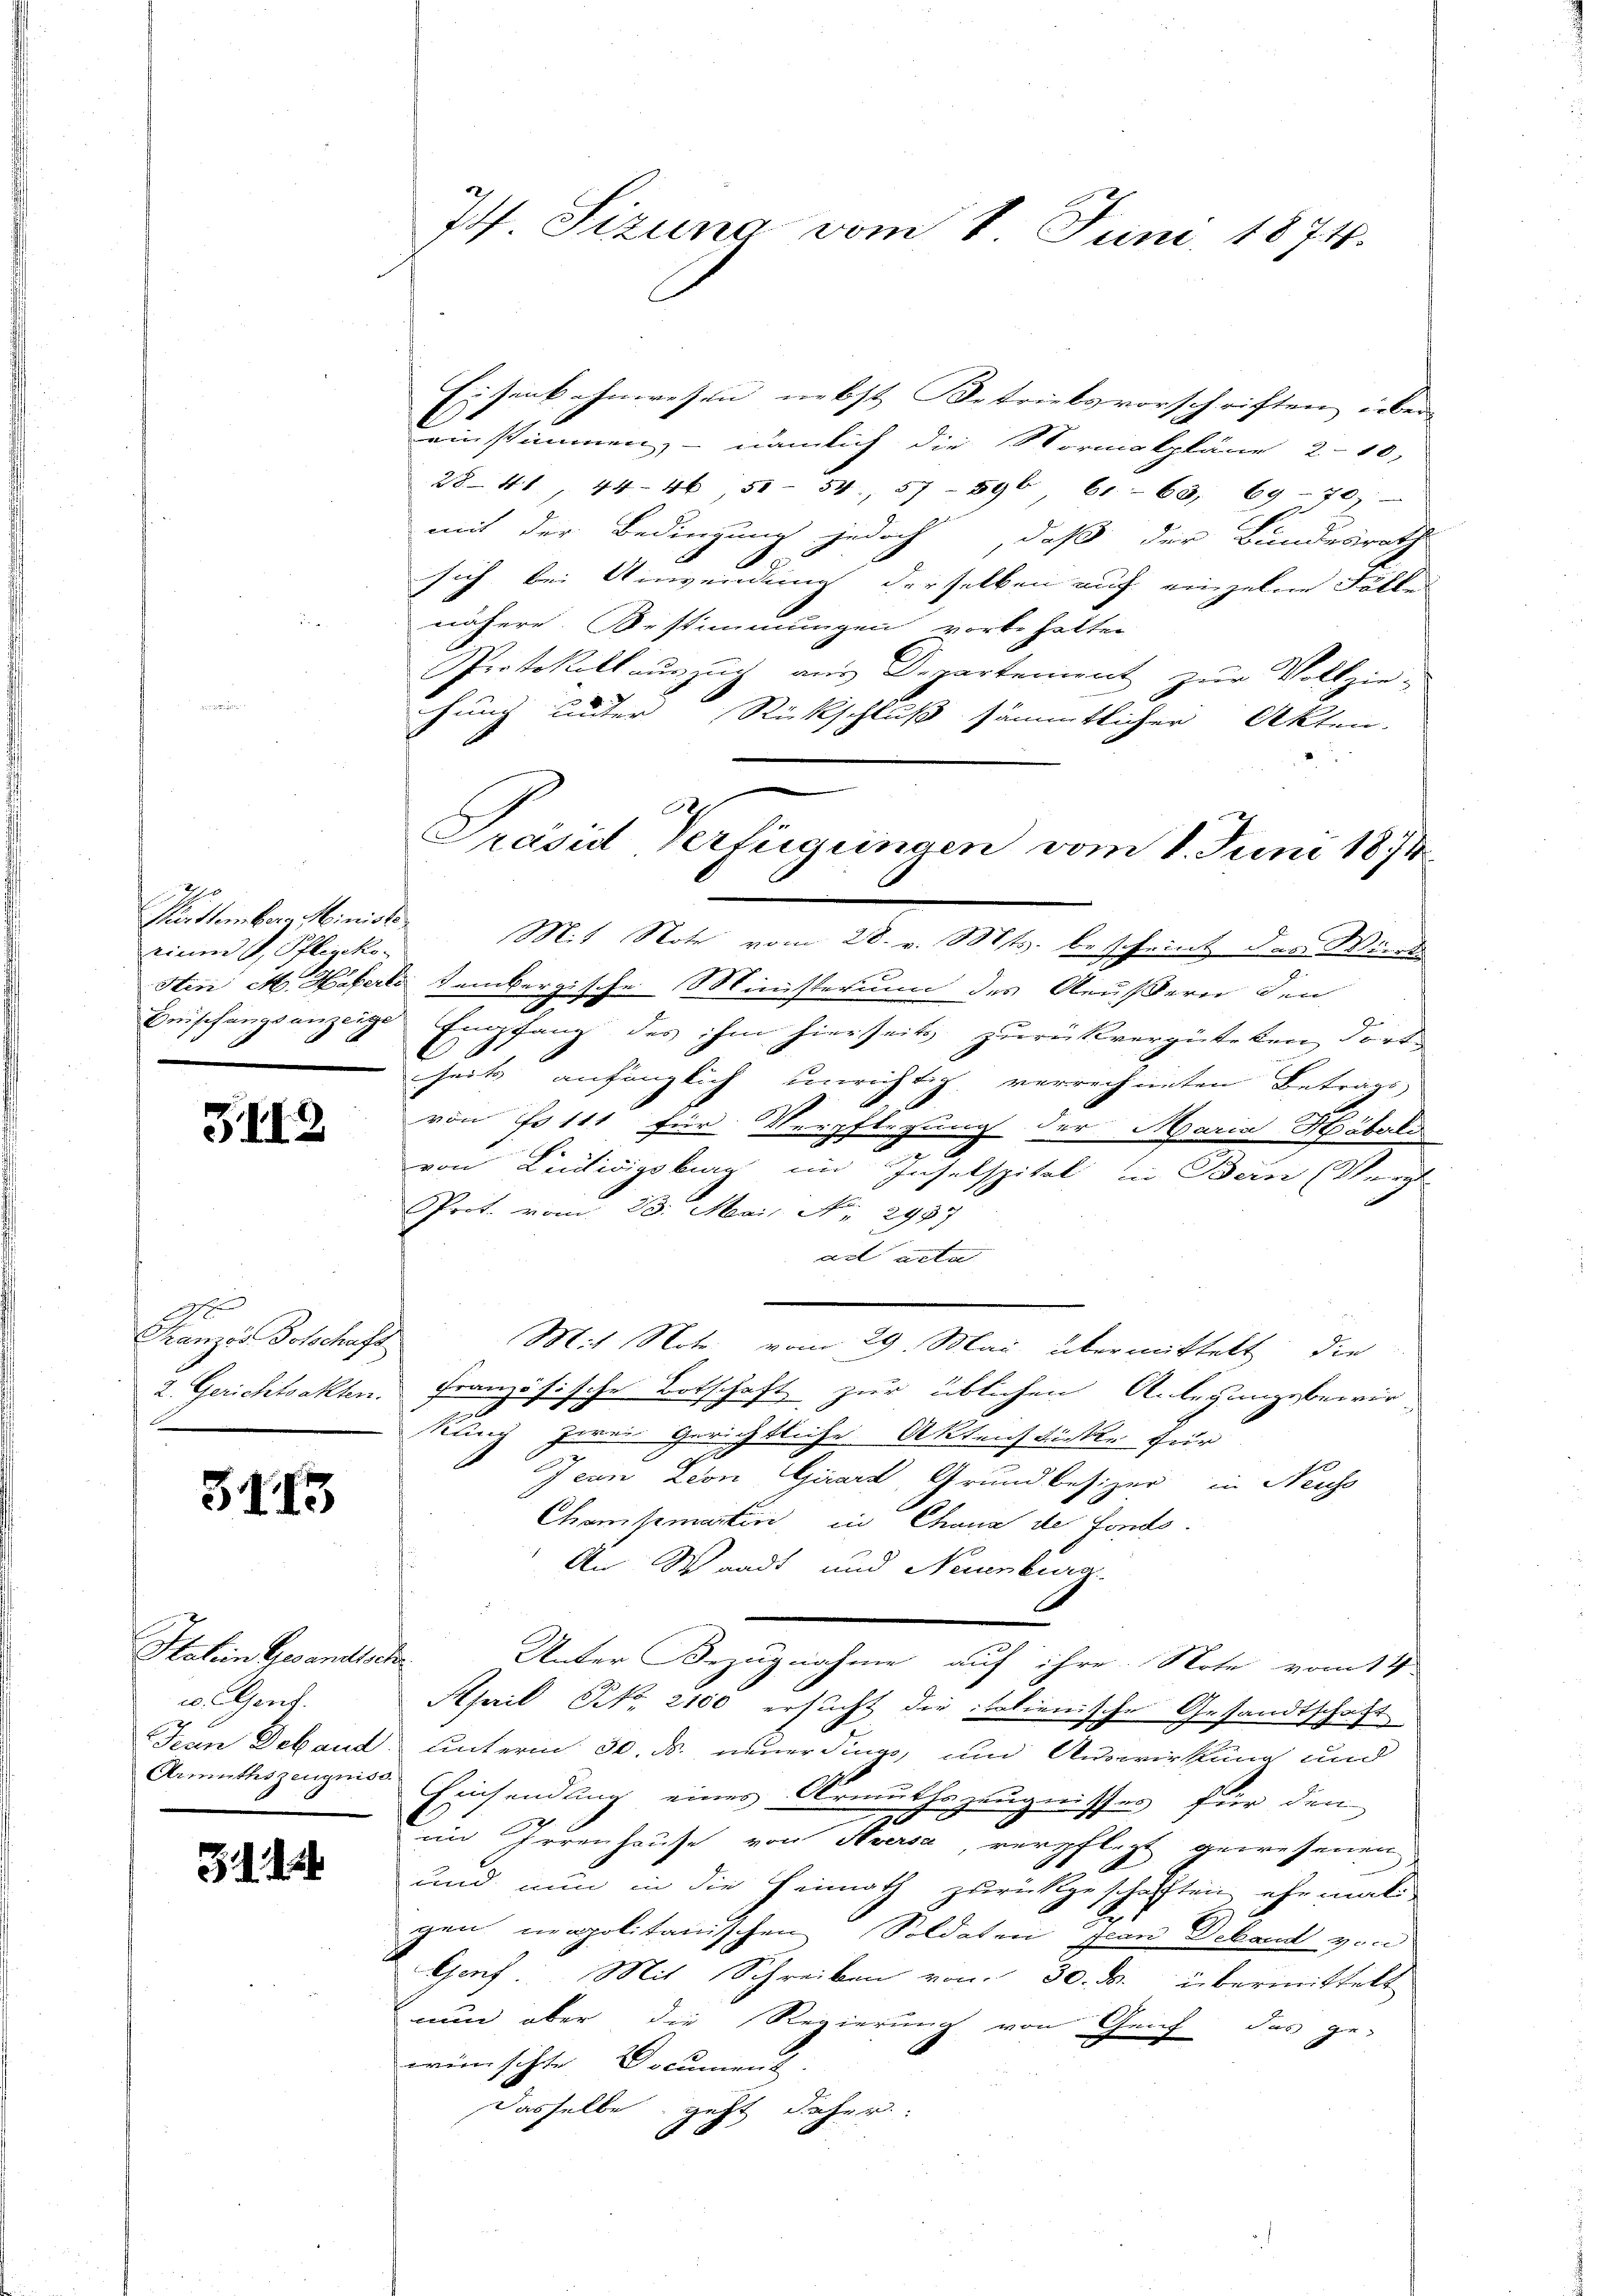
Pürttember, Ministe
einen I. Pflegcko-

GII2

Franzes Botschaft
2. Gerichtsakten.

3173

Halein Gesandtsch
w. Genf.
Armuthszeugniss

314

74. Sizung vom 8. Juni 1874.

Eisenkahnwesen nebst Betriebsvorschriften über
einstimmen, nämlich die Normalpläne 210,
2841, 444 51. 54, 57 - 596 61-65, 69-70)
mit der Bedingung jedoch, daß der Bundesrath
sich bei Anwendung derselben auf einzelne Fälle
nähere Bestimmungen vorbehalten
Protokollaŭs zŭr aŭs Departement zŭr Vollziehung unter Rückschluß sämmtlicher Akten.
Mit Note vom 28. v. Mts. bescheint des Winde
Sin M. Haferle tembergische Ministerium des Aeußern den
beischangsanzeige Empfang des ihm hierseits zurückvergüteten dort
heits anfänglich unrichtig, verrechneten Betrags
von No 111 für Verpflegung der Maria Haboli
von Leitwigsburg im Inselspital in Bern (Verg
Prot. vom 23. Mai, Nr. 2987
ad acta
Mit Note vom 29. Mai übermittelt die
französische Botschaft zur üblichen Anlegungsbewir
kung zwei Gerichtliche Aktenstickte für
Jean Leon Girard, Grundbesizer in Neuhs
Champmartin in Chana de Fonds.
An Waadt und Neuenburg
e
Unter Bezugnahme auf ihre Note vom 14.
April NNo. 2100 ersucht die italienische Gesandtschaft
Jean Deband unterm 30. ds. neuerdinge, und Auswirkung und
Einsendung eines Armutszeugnisses für den
20
im Irrenhause von Aversa, verpflegt gewesenen
und nun in die Heimath zurückgeschafften ehemali
gen napolitanischen Soldaten Jean Deband von
Genf. Mit Schreiben vom 30. ds. übermittelt
nun aber die Regierung von Geich das ge-
weinschte Document
Dasselbe geht daher
t

Präsid Verfügungen vom 1. Juni 1874.